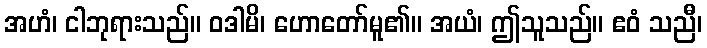
အဟံ၊ ငါဘုရားသည်။ ဝဒါမိ၊ ဟောတော်မူ၏။ အယံ၊ ဤသူသည်။ ဧဝံ သညီ၊